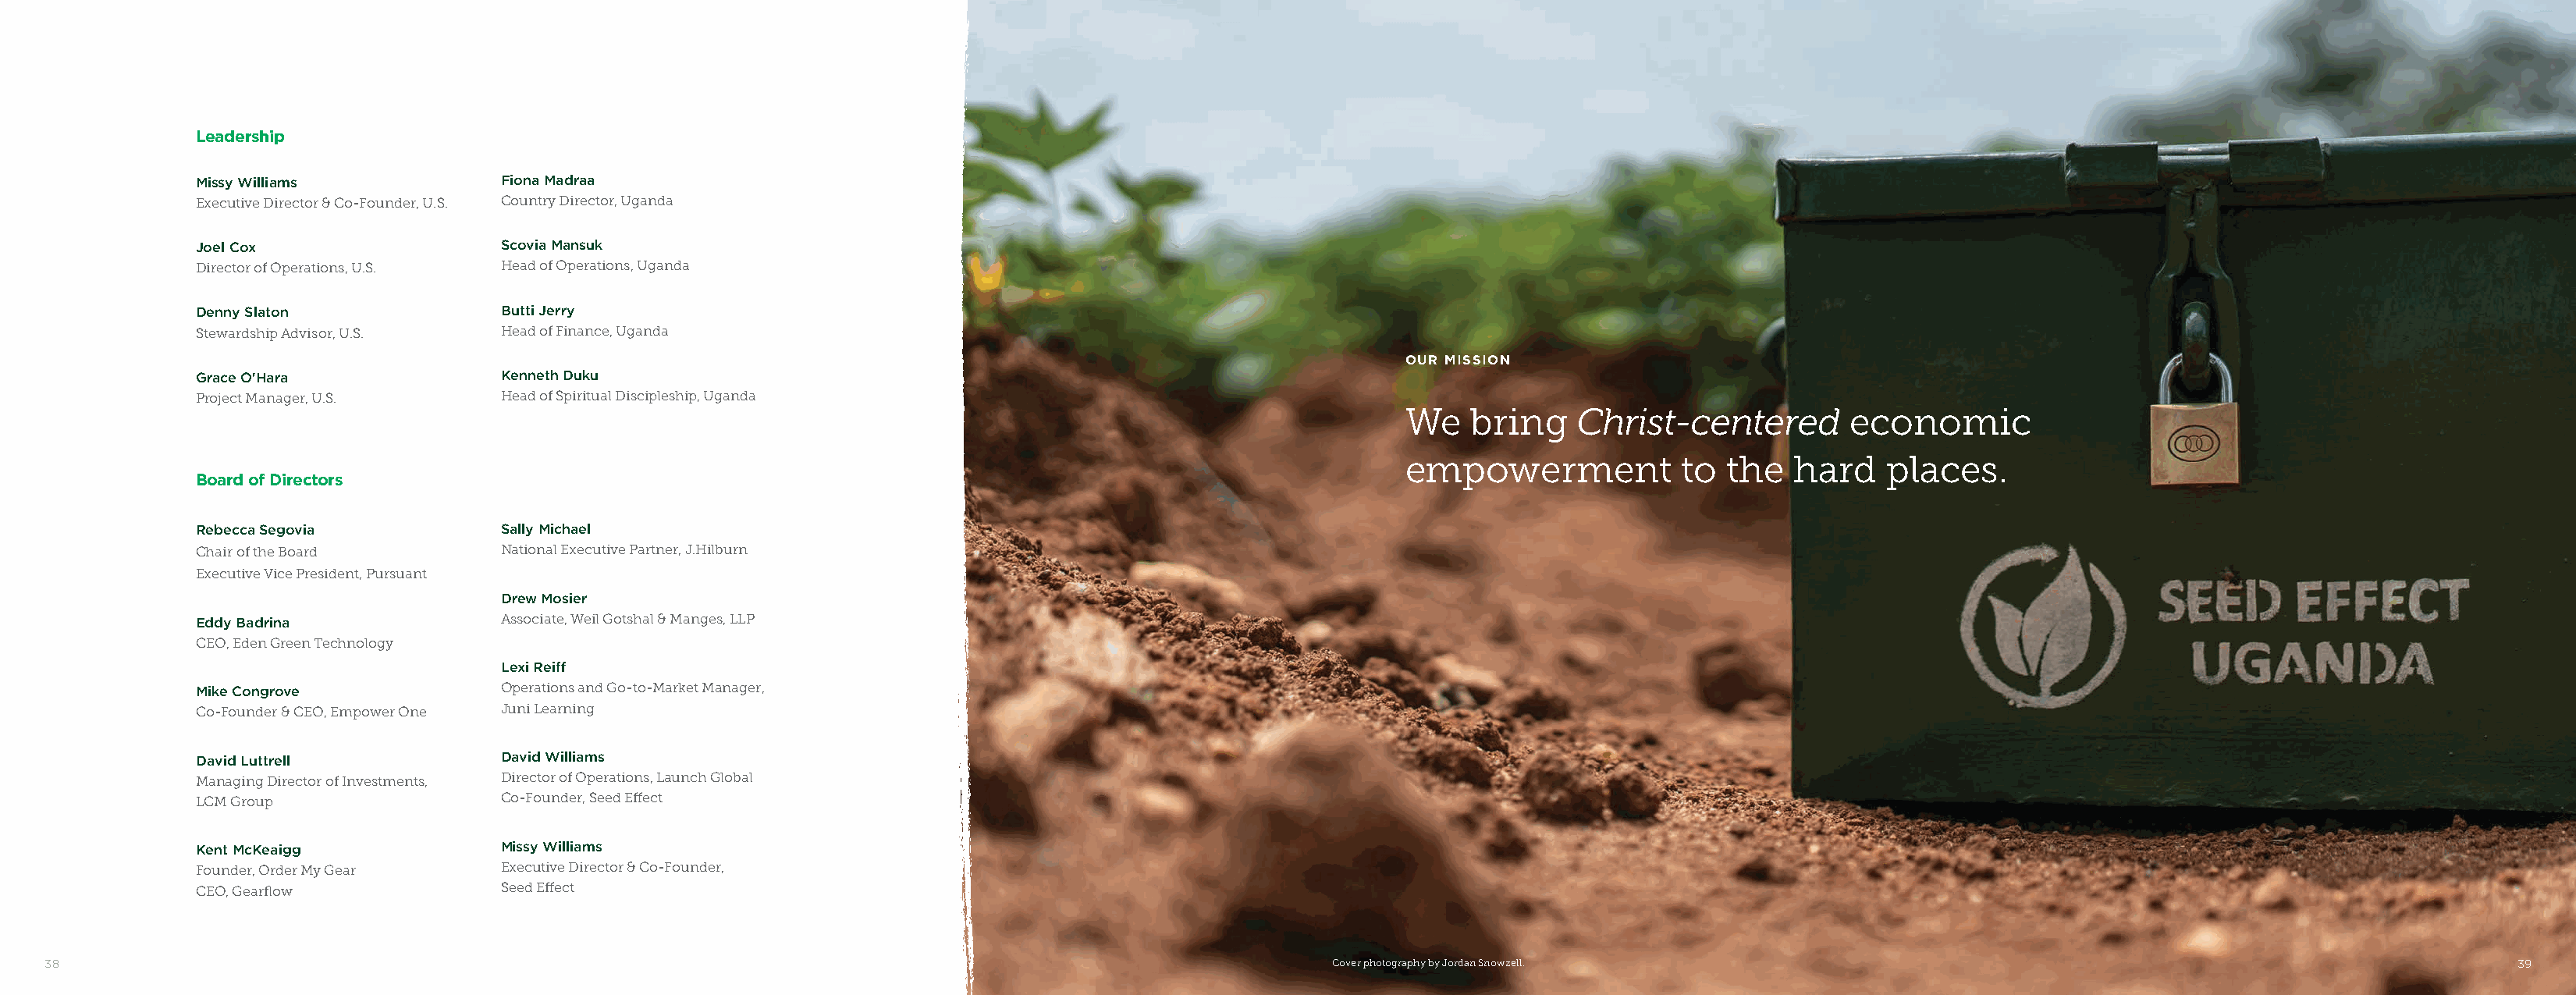
Leadership
 Missy Williams           Fiona Madraa
 Executive Director & Co-Founder, U.S. Country Director, Uganda
 Joel Cox                 Scovia Mansuk
 Director of Operations, U.S. Head of Operations, Uganda
 Denny Slaton             Butti Jerry
 Stewardship Advisor, U.S. Head of Finance, Uganda
 OUR MISSION
 Grace O'Hara             Kenneth Duku
 Project Manager, U.S.    Head of Spiritual Discipleship, Uganda
 We    bring    Christ-centered        economic
 empowerment             to the   hard    places.
 Board of Directors
 Rebecca Segovia          Sally Michael
 Chair of the Board       National Executive Partner, J.Hilburn
 Executive Vice President, Pursuant
 Drew Mosier
 Eddy Badrina             Associate, Weil Gotshal & Manges, LLP
 CEO, Eden Green Technology
 Lexi Reiff
 Mike Congrove            Operations and Go-to-Market Manager,
 Co-Founder & CEO, Empower One Juni Learning
 David Luttrell           David Williams
 Managing Director of Investments, Director of Operations, Launch Global
 LCM Group                Co-Founder, Seed Effect
 Kent McKeaigg            Missy Williams
 Founder, Order My Gear   Executive Director & Co-Founder,
 CEO, Gearflow            Seed Effect
 38                                                                                                           Cover photography by Jordan Snowzell.                                                                3399